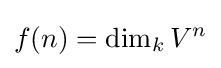
f(n)=\dim _{k}V^{n}